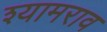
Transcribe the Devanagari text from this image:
श्‍यामराव